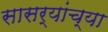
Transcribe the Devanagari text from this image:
सासर्‍यांच्या